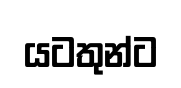
යටතුන්ට